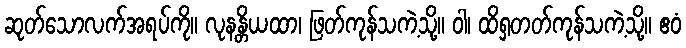
ဆုတ်သောလက်အရပ်ကို။ လုနန္တိယထာ၊ ဖြတ်ကုန်သကဲ့သို့။ ဝါ၊ ထိရှတတ်ကုန်သကဲ့သို့။ ဧဝံ